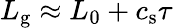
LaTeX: L_{\mathrm{g}}\approx L_{0}+c_{\mathrm{s}}\tau